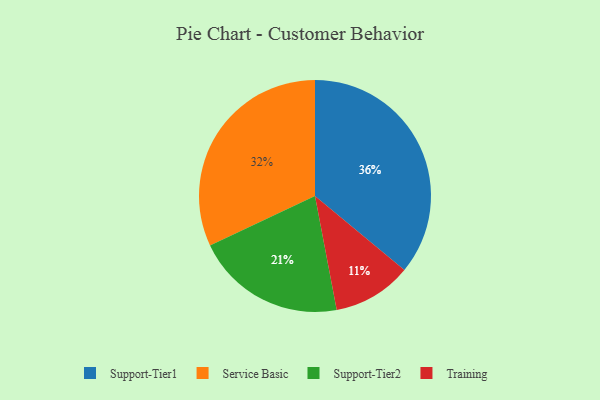
{"axis": {"x": "Category", "y": "Percentage"}, "legend": ["Service Basic", "Support-Tier1", "Support-Tier2", "Training"], "data": [{"x": "Service Basic", "y": 32, "type": "Service Basic"}, {"x": "Support-Tier1", "y": 36, "type": "Support-Tier1"}, {"x": "Support-Tier2", "y": 21, "type": "Support-Tier2"}, {"x": "Training", "y": 11, "type": "Training"}]}